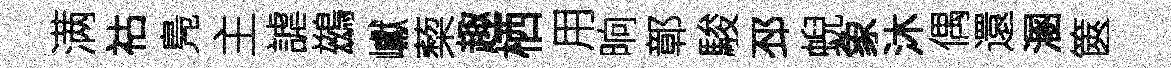
满祜鳬主謔鷀巘蔾趣栖用晌鄣駿邳蜺象沐偶還溷篋